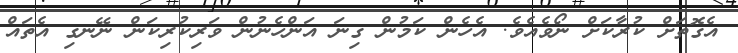
އެގޮތަށް ކުރާކަށް ނޯވެއެވެ. އެހެން ކަމުން ގިނަ އަންހެނުން ވަރިކުރިކަން ނޭނގި އެތައް